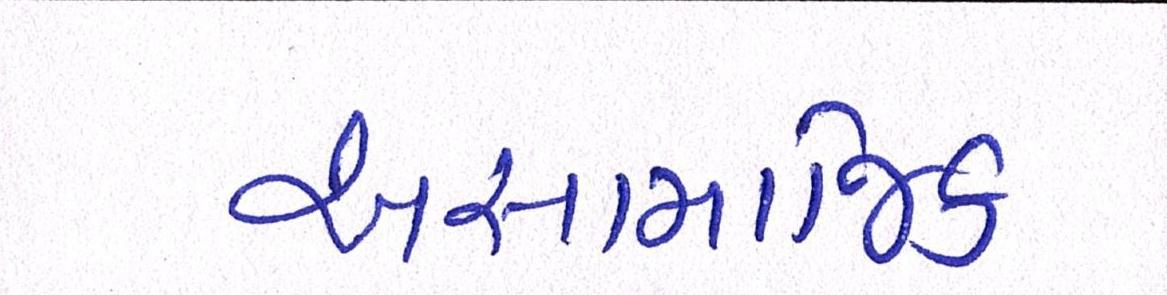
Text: અસામાજિક